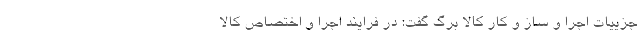
جزییات اجرا و ساز و کار کالا برگ گفت: در فرایند اجرا و اختصاص کالا